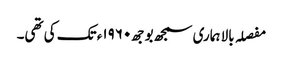
مفصلہ بالا ہماری سمجھ بوجھ١٩٦٠ء تک کی تھی۔